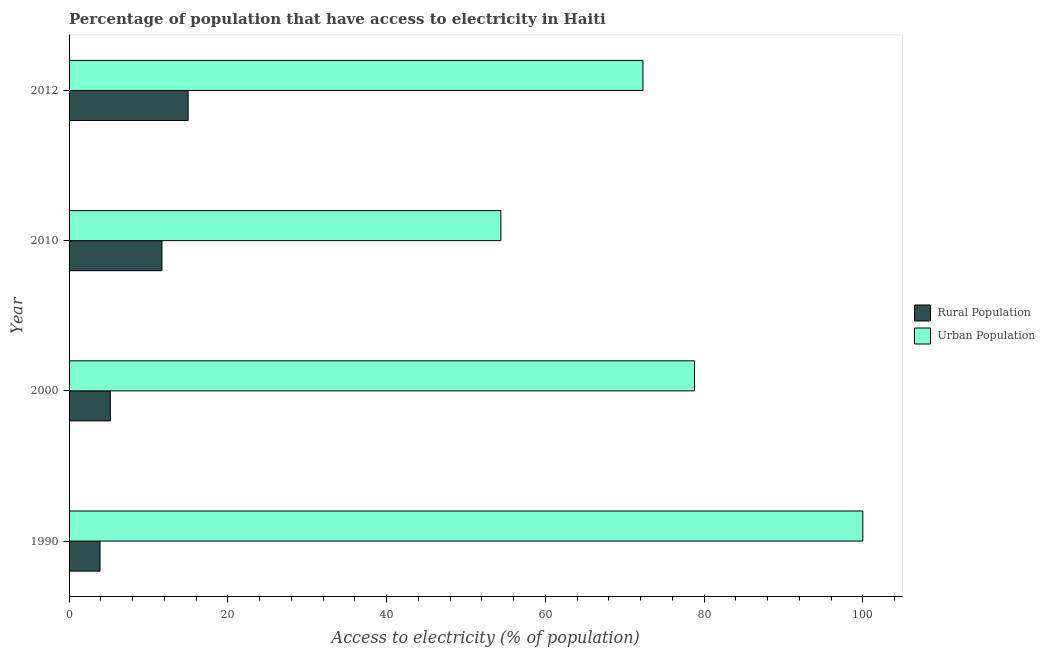
| Year | Rural Population | Urban Population |
 | --- | --- | --- |
 | 1990 | 3.9 | 100 |
 | 2000 | 5.2 | 78.8 |
 | 2010 | 11.7 | 54.4 |
 | 2012 | 15 | 72.3 |